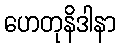
ဟေတုနိဒါနာ